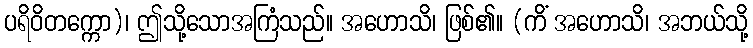
ပရိဝိတက္ကော)၊ ဤသို့သောအကြံသည်။ အဟောသိ၊ ဖြစ်၏။ (ကိံ အဟောသိ၊ အဘယ်သို့